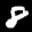
Label: 8